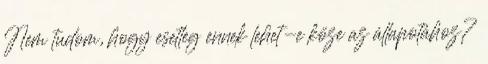
Nem tudom, hogy esetleg ennek lehet-e köze az állapotához?